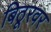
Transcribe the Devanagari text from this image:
बिठूरवर